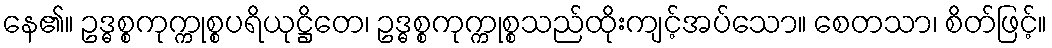
နေ၏။ ဥဒ္ဓစ္စကုက္ကုစ္စပရိယုဋ္ဌိတေ၊ ဥဒ္ဓစ္စကုက္ကုစ္စသည်ထိုးကျင့်အပ်သော။ စေတသာ၊ စိတ်ဖြင့်။